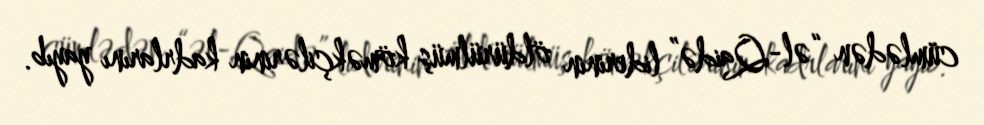
cümlədən “əl-Qaidə” liderinin öldürülmüş köməkçilərinin kadrlarını yayıb.